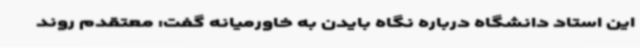
این استاد دانشگاه درباره نگاه بایدن به خاورمیانه گفت: معتقدم روند